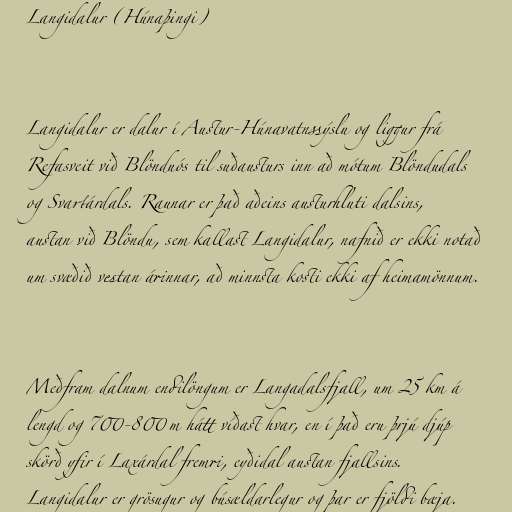
Langidalur (Húnaþingi)

Langidalur er dalur í Austur-Húnavatnssýslu og liggur frá
Refasveit við Blönduós til suðausturs inn að mótum Blöndudals
og Svartárdals. Raunar er það aðeins austurhluti dalsins,
austan við Blöndu, sem kallast Langidalur, nafnið er ekki notað
um svæðið vestan árinnar, að minnsta kosti ekki af heimamönnum.

Meðfram dalnum endilöngum er Langadalsfjall, um 25 km á
lengd og 700-800 m hátt víðast hvar, en í það eru þrjú djúp
skörð yfir í Laxárdal fremri, eyðidal austan fjallsins.
Langidalur er grösugur og búsældarlegur og þar er fjöldi bæja.